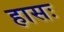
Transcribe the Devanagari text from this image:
हासः